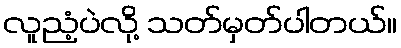
လူညံ့ပဲလို့ သတ်မှတ်ပါတယ်။